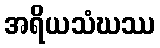
အရိယသံဃဿ